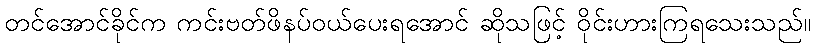
တင်အောင်ခိုင်က ကင်းဗတ်ဖိနပ်ဝယ်ပေးရအောင် ဆိုသဖြင့် ဝိုင်းဟားကြရသေးသည်။